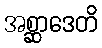
အစ္ဆာဒေတိ